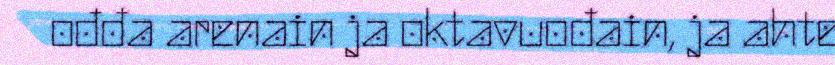
ođđa arenain ja oktavuođain, ja ahte